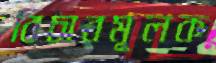
বিচারমূলক